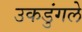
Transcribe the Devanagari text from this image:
उकडुंगले